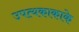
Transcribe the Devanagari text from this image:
उपत्यकाकाके